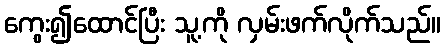
ကွေး၍ထောင်ပြီး သူ့ကို လှမ်းဖက်လိုက်သည်။